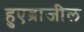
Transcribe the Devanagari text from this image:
हुएब्राजील